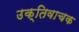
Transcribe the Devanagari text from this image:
उक्तिवाचक